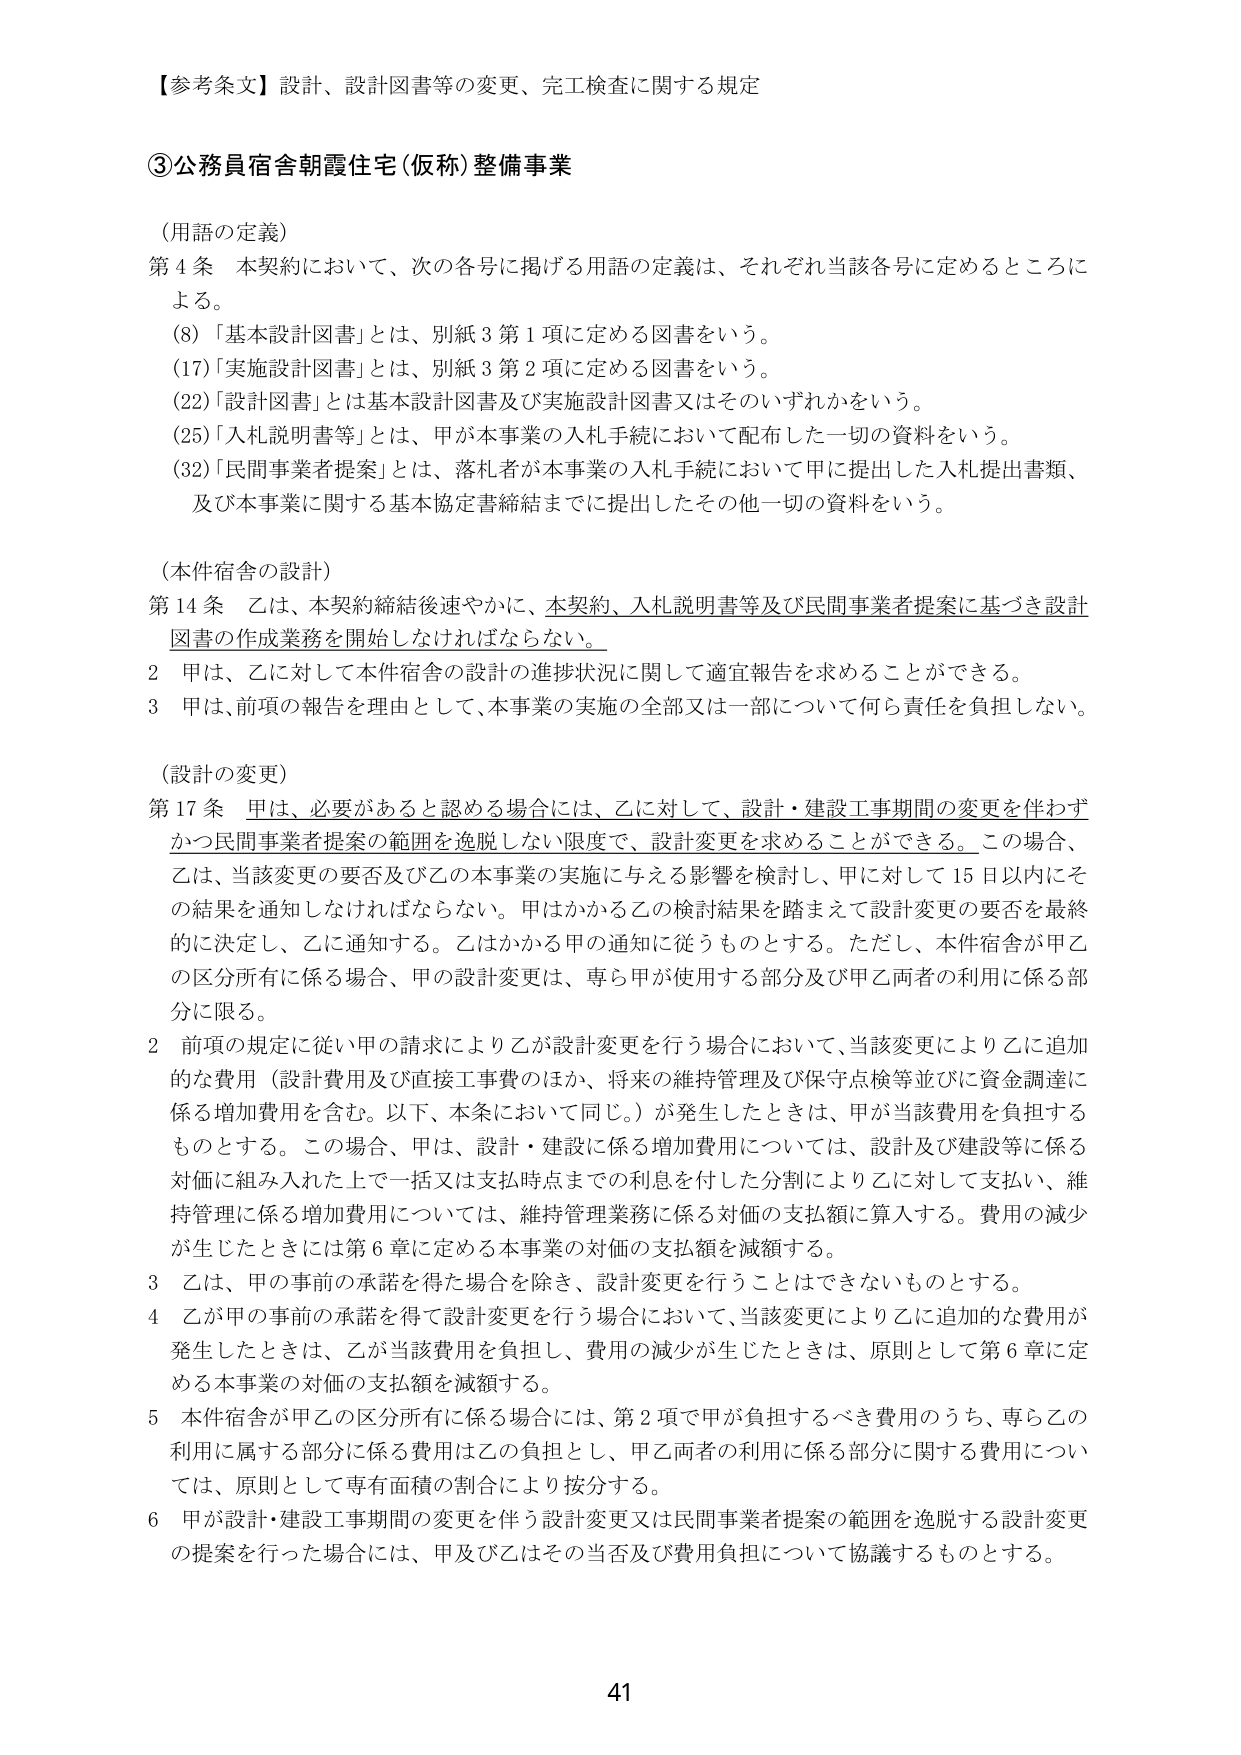
【参考条文】設計、設計図書等の変更、完工検査に関する規定

③公務員宿舎朝霞住宅（仮称）整備事業

（用語の定義）
第４条　本契約において、次の各号に掲げる用語の定義は、それぞれ当該各号に定めるところによる。
　(8)「基本設計図書」とは、別紙３第１項に定める図書をいう。
　(17)「実施設計図書」とは、別紙３第２項に定める図書をいう。
　(22)「設計図書」とは基本設計図書及び実施設計図書又はそのいずれかをいう。
　(25)「入札説明書等」とは、甲が本事業の入札手続において配布した一切の資料をいう。
　(32)「民間事業者提案」とは、落札者が本事業の入札手続において甲に提出した入札提出書類、及び本事業に関する基本協定書締結までに提出したその他一切の資料をいう。

（本件宿舎の設計）
第14条　乙は、本契約締結後速やかに、本契約、入札説明書等及び民間事業者提案に基づき設計図書の作成業務を開始しなければならない。
　２　甲は、乙に対して本件宿舎の設計の進捗状況に関して適宜報告を求めることができる。
　３　甲は、前項の報告を理由として、本事業の実施の全部又は一部について何ら責任を負担しない。

（設計の変更）
第17条　甲は、必要があると認める場合には、乙に対して、設計・建設工事期間の変更を伴わずかつ民間事業者提案の範囲を逸脱しない限度で、設計変更を求めることができる。この場合、乙は、当該変更の要否及び乙の本事業の実施に与える影響を検討し、甲に対して15日以内にその結果を通知しなければならない。甲はかかる乙の検討結果を踏まえて設計変更の要否を最終的に決定し、乙に通知する。乙はかかる甲の通知に従うものとする。ただし、本件宿舎が甲乙の区分所有に係る場合、甲の設計変更は、専ら甲が使用する部分及び甲乙両者の利用に係る部分に限る。
　２　前項の規定に従い甲の請求により乙が設計変更を行う場合において、当該変更により乙に追加的な費用（設計費用及び直接工事費のほか、将来の維持管理及び保守点検等並びに資金調達に係る増加費用を含む。以下、本条において同じ。）が発生したときは、甲が当該費用を負担するものとする。この場合、甲は、設計・建設に係る増加費用については、設計及び建設等に係る対価に組み入れた上で一括又は支払時点までの利息を付した分割により乙に対して支払い、維持管理に係る増加費用については、維持管理業務に係る対価の支払額に算入する。費用の減少が生じたときには第６章に定める本事業の対価の支払額を減額する。
　３　乙は、甲の事前の承諾を得た場合を除き、設計変更を行うことはできないものとする。
　４　乙が甲の事前の承諾を得て設計変更を行う場合において、当該変更により乙に追加的な費用が発生したときは、乙が当該費用を負担し、費用の減少が生じたときは、原則として第６章に定める本事業の対価の支払額を減額する。
　５　本件宿舎が甲乙の区分所有に係る場合には、第２項で甲が負担するべき費用のうち、専ら乙の利用に属する部分に係る費用は乙の負担とし、甲乙両者の利用に係る部分に関する費用については、原則として専有面積の割合により按分する。
　６　甲が設計・建設工事期間の変更を伴う設計変更又は民間事業者提案の範囲を逸脱する設計変更の提案を行った場合には、甲及び乙はその当否及び費用負担について協議するものとする。

41